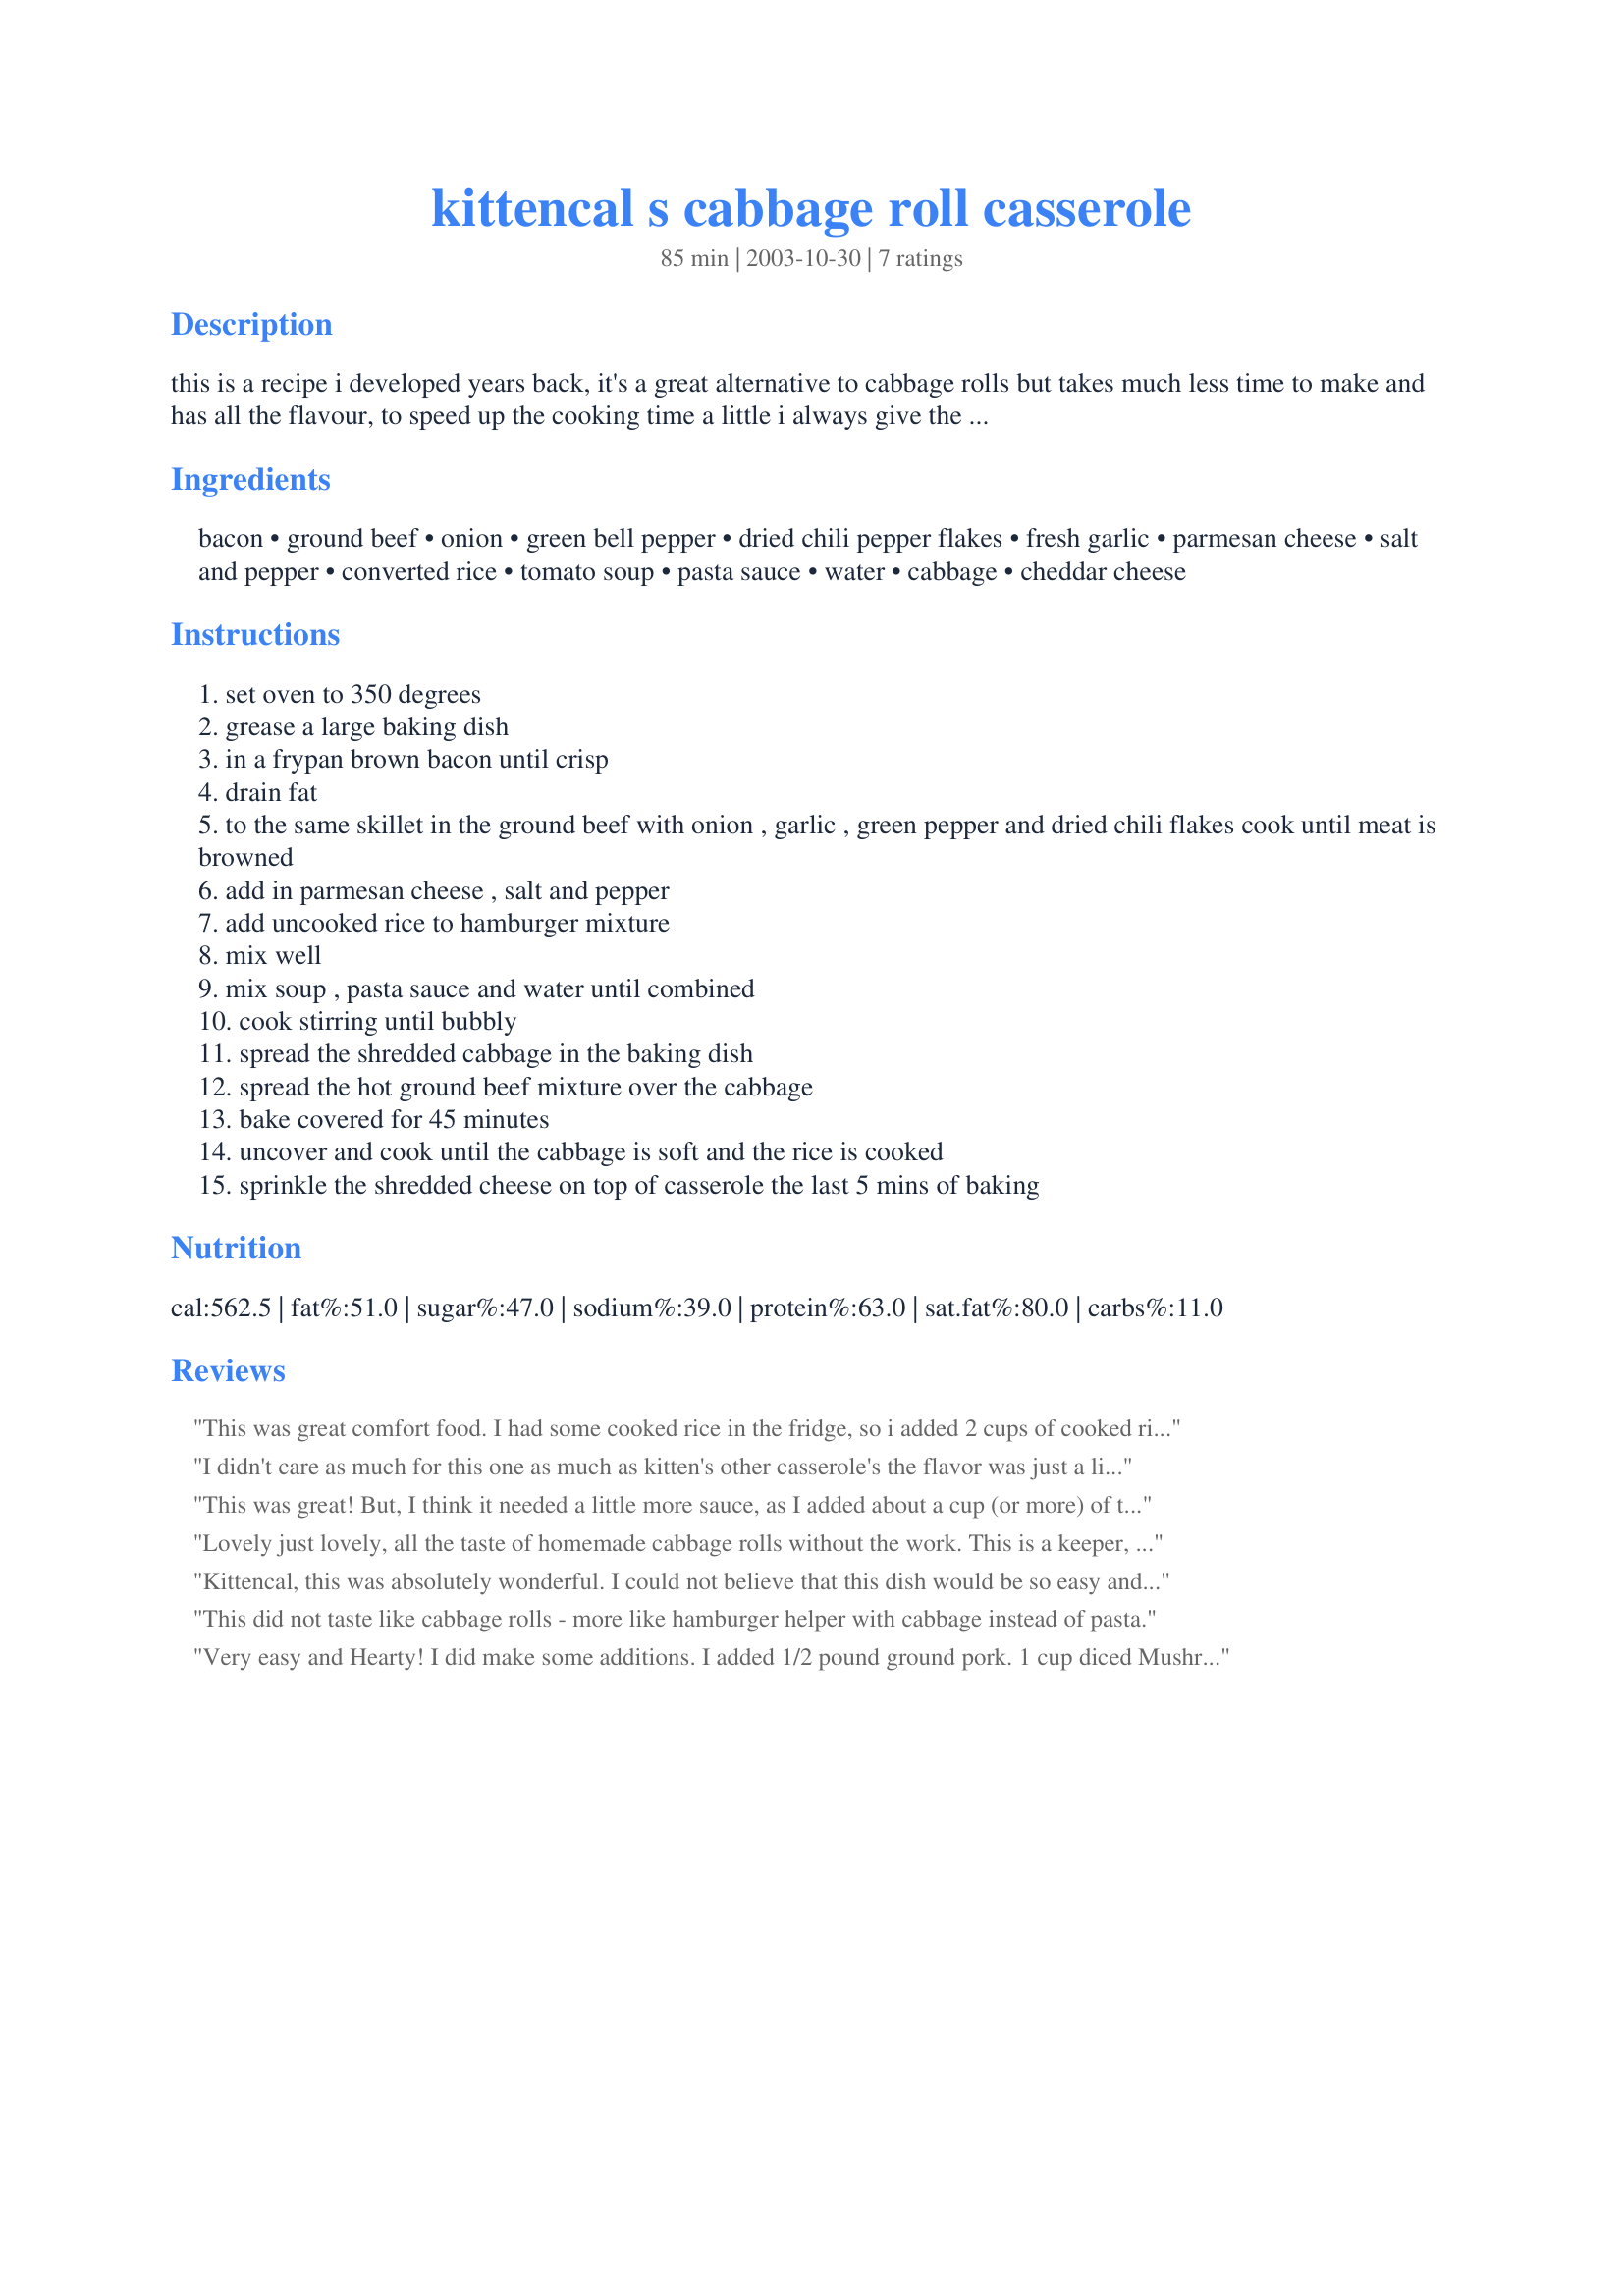
kittencal s cabbage roll casserole
Preparation time: 85 minutes

this is a recipe i developed years back, it's a great alternative to cabbage rolls but takes much less time to make and has all the flavour, to speed up the cooking time a little i always give the cabbage a quick saute firsty --- you will *love* this!

Ingredients:
bacon, ground beef, onion, green bell pepper, dried chili pepper flakes, fresh garlic, parmesan cheese, salt and pepper, converted rice, tomato soup, pasta sauce, water, cabbage, cheddar cheese

Steps:
set oven to 350 degrees
grease a large baking dish
in a frypan brown bacon until crisp
drain fat
to the same skillet in the ground beef with onion , garlic , green pepper and dried chili flakes cook until meat is browned
add in parmesan cheese , salt and pepper
add uncooked rice to hamburger mixture
mix well
mix soup , pasta sauce and water until combined
cook stirring until bubbly
spread the shredded cabbage in the baking dish
spread the hot ground beef mixture over the cabbage
bake covered for 45 minutes
uncover and cook until the cabbage is soft and the rice is cooked
sprinkle the shredded cheese on top of casserole the last 5 mins of baking

Reviews:
This was great comfort food. I had some cooked rice in the fridge, so i added 2 cups of cooked rice and only 1/2 can water, and it turned out perfectly.
I didn't care as much for this one as much as kitten's other casserole's the flavor was just a little strange for me
This was great! But, I think it needed a little more sauce, as I added about a cup (or more) of tomato juice to the pan as it was cooking. Next time, I think I will do 2 cans of tomato soup and 2 cans of water. Other than that, I followed the recipe exactly, and LOVED the simplicity. I served this over mashed potatoes with a side of green beans...DELISH!! Thanks for posting!
~Manda
Lovely just lovely, all the taste of homemade cabbage rolls without the work. This is a keeper, thank you so much for sharing Kitten. I only made half the recipe, it worked great. My dh & I enjoyed this very much. The only changes I made was to add 1/2 tsp of crushed caraway seeds to the cabbage.
Kittencal, this was absolutely wonderful. I could not believe that this dish would be so easy and taste as if you made the original Cabbage Rolls. This is definetly a Keeper for me. I added some stewed tomatoes because my family loves them in thier Cabbage Rolls. Thanks so much for a great recipe!!!!
This did not taste like cabbage rolls - more like hamburger helper with cabbage instead of pasta.
Very easy and Hearty! I did make some additions. I added 1/2 pound ground pork. 1 cup diced Mushrooms, 1 carrot, fresh parsley and fresh basil. I used brown rice. Used low sodium soup. Topped with 2 cups shredded cheese. So good!
